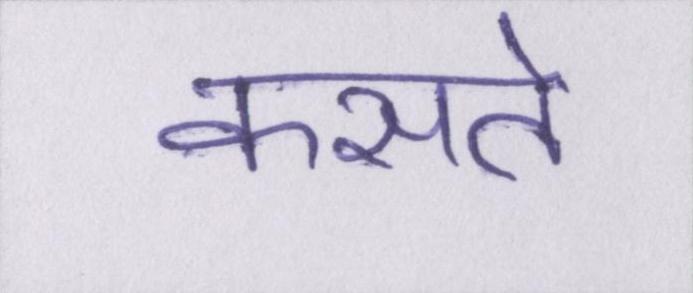
कसते